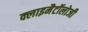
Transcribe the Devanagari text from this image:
क्लाइमैटॉलोजी